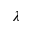
\lambda